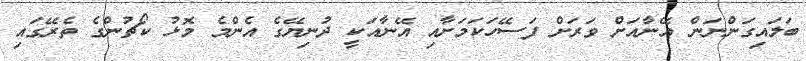
ބަލައިގަންނަން އޭނާއަށް ވަރަށް ފަސޭހަކަމަށާއި އޭނާއަކީ ދުނިޔޭގެ އެންމެ މޮޅު ކޯޗުންގެ ތެރޭގައި